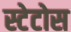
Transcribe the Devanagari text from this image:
स्टेटोस